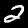
Digit: 2